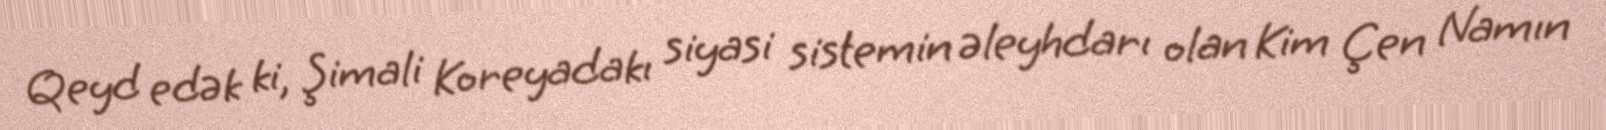
Qeyd edək ki, Şimali Koreyadakı siyasi sistemin əleyhdarı olan Kim Çen Namın